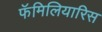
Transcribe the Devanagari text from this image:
फॅमिलियारिस